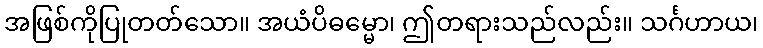
အဖြစ်ကိုပြုတတ်သော။ အယံပိဓမ္မော၊ ဤတရားသည်လည်း။ သင်္ဂဟာယ၊